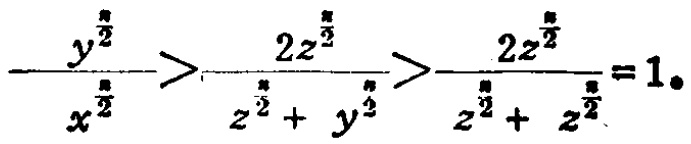
$\frac{y^{\frac{n}{2}}}{x^{\frac{n}{2}}}>\frac{2z^{\frac{n}{2}}}{z^{\frac{n}{2}} + y^{\frac{n}{2}}}>\frac{2z^{\frac{n}{2}}}{z^{\frac{n}{2}} + z^{\frac{n}{2}}}=1.$